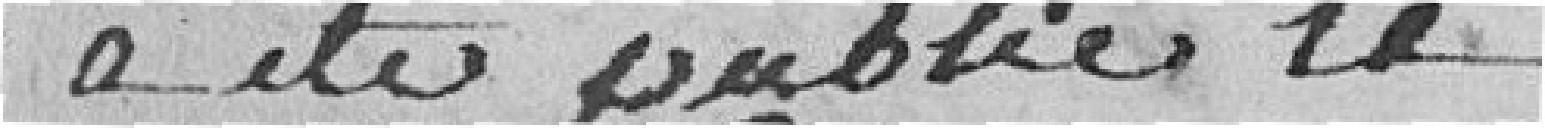
a été publié le